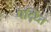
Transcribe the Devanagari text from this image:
पद्ध्ति